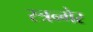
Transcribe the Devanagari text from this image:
स्त्रन्गेर